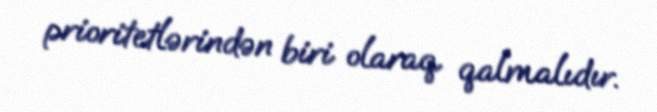
prioritetlərindən biri olaraq qalmalıdır.